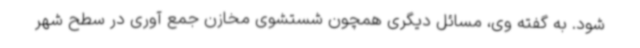
شود. به گفته وی، مسائل دیگری همچون شستشوی مخازن جمع آوری در سطح شهر